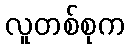
လူတစ်စုက